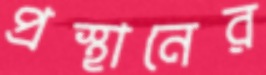
প্রস্থানের